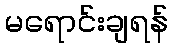
မရောင်းချရန်